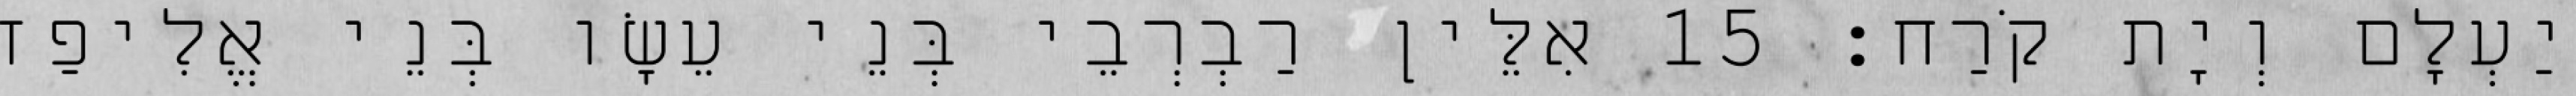
יַעְלָם וְיָת קֹרַח׃ 15 אִלֵּין רַבְרְבֵי בְּנֵי עֵשָׂו בְּנֵי אֱלִיפַז